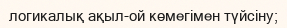
логикалық ақыл-ой көмегімен түйсіну;